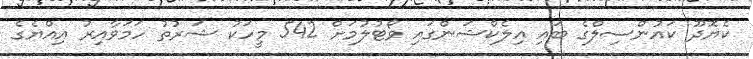
ކެޔޮދޫ ކައުންސިލްގެ ބައި އިލެކްޝަންގައި ވޯޓުލުމަށް 542 މީހަކު ޝަރުތު ހަމަވާއިރު އިއްޔެގެ